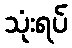
သုံးရပ်